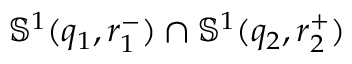
\mathbb { S } ^ { 1 } ( q _ { 1 } , r _ { 1 } ^ { - } ) \cap \mathbb { S } ^ { 1 } ( q _ { 2 } , r _ { 2 } ^ { + } )